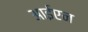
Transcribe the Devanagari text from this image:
आईएन